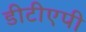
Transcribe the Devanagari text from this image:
डीटीएपी